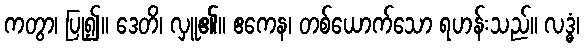
ကတွာ၊ ပြု၍။ ဒေတိ၊ လှူ၏။ ဧကေန၊ တစ်ယောက်သော ရဟန်းသည်။ လဒ္ဓံ၊